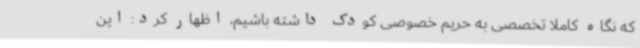
که نگاه کاملا تخصصی به حریم خصوصی کودک داشته باشیم، اظهار کرد: این